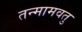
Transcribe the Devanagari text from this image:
तन्मामवतु